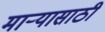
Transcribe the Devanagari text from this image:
माऱ्यासाठी